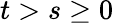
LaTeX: t>s\geq 0